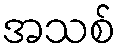
အသစ်